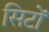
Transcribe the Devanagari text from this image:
सिटों